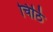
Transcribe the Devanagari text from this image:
चिठि